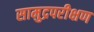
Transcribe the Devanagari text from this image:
सामुद्रपरीक्षण